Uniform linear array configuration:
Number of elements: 12
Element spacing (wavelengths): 0.5
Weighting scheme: hann
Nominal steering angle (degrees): -60
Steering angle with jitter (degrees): -61.029
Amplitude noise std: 0.05
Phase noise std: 0.05

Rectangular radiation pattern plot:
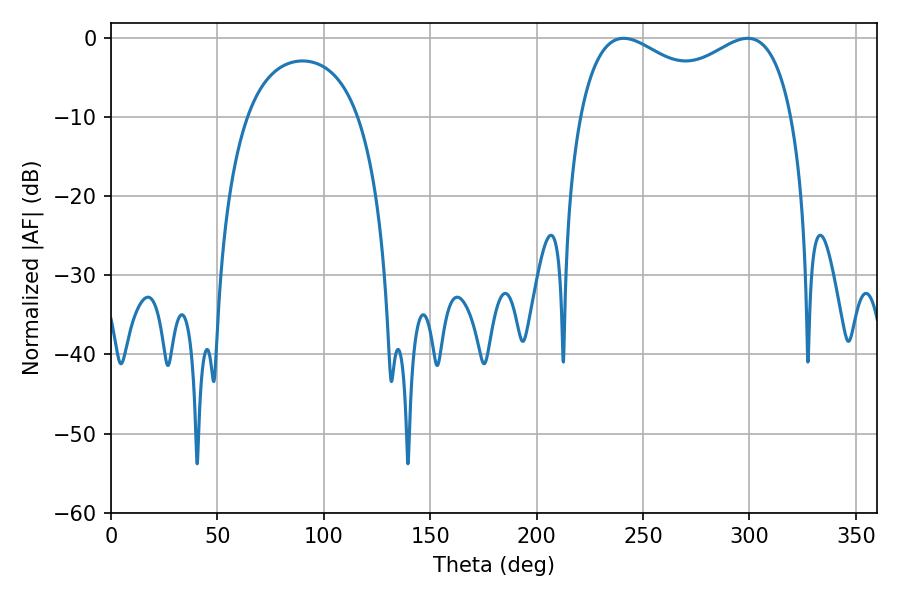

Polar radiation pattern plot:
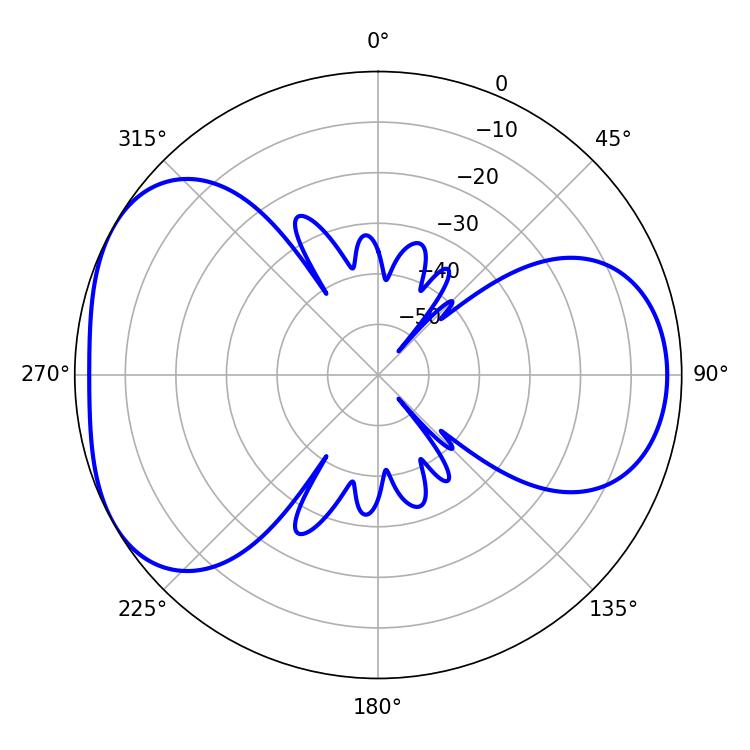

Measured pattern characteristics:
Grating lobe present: FALSE
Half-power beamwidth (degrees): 83.52
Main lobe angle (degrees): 240.84